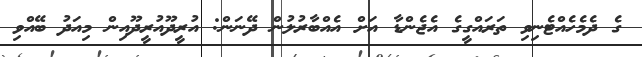
ގެ ދެމެހެއްޓެނިވި ތަރައްގީގެ އެޖެންޑާ އަށް އެއްބާރުލުން ދޭނަން: އުރީދޫއުރީދޫއިން މިއަދު ބޭއްވި